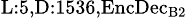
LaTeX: _{\textrm{L}:5,\textrm{D}:1536,\textrm{EncDec}_{\textrm{B}2}}